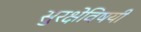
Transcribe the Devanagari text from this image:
सुरक्षेविषयी